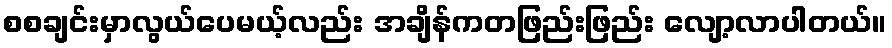
စစချင်းမှာလွယ်ပေမယ့်လည်း အချိန်ကတဖြည်းဖြည်း လျော့လာပါတယ်။